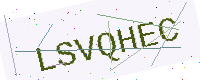
Text: LSVQHEC